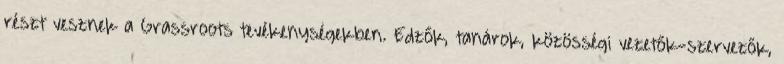
részt vesznek a Grassroots tevékenységekben. Edzők, tanárok, közösségi vezetők-szervezők,